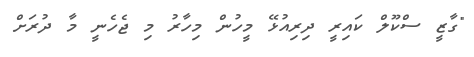
"ގާޒީ ސްކޫލް ކައިރީ ދިރިއުޅޭ މީހުން މިހާރު މި ޖެހެނީ މާ ދުރަށް